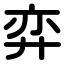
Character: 弈